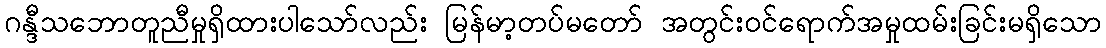
ဂန္ဒီသဘောတူညီမှုရှိထားပါသော်လည်း မြန်မာ့တပ်မတော် အတွင်းဝင်ရောက်အမှုထမ်းခြင်းမရှိသော